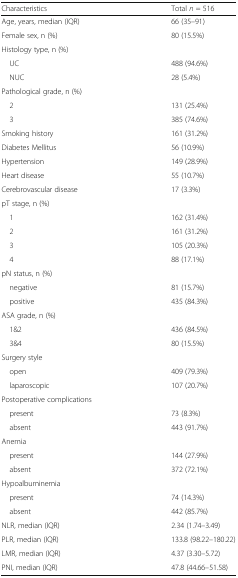
<table><thead><tr><td><b>Characteristics</b></td><td><b>Total <i>n</i> = 516</b></td></tr></thead><tbody><tr><td>Age, years, median (IQR)</td><td>66 (35–91)</td></tr><tr><td>Female sex, n (%)</td><td>80 (15.5%)</td></tr><tr><td>Histology type, n (%)</td><td></td></tr><tr><td> UC</td><td>488 (94.6%)</td></tr><tr><td> NUC</td><td>28 (5.4%)</td></tr><tr><td>Pathological grade, n (%)</td><td></td></tr><tr><td> 2</td><td>131 (25.4%)</td></tr><tr><td> 3</td><td>385 (74.6%)</td></tr><tr><td>Smoking history</td><td>161 (31.2%)</td></tr><tr><td>Diabetes Mellitus</td><td>56 (10.9%)</td></tr><tr><td>Hypertension</td><td>149 (28.9%)</td></tr><tr><td>Heart disease</td><td>55 (10.7%)</td></tr><tr><td>Cerebrovascular disease</td><td>17 (3.3%)</td></tr><tr><td>pT stage, n (%)</td><td></td></tr><tr><td> 1</td><td>162 (31.4%)</td></tr><tr><td> 2</td><td>161 (31.2%)</td></tr><tr><td> 3</td><td>105 (20.3%)</td></tr><tr><td> 4</td><td>88 (17.1%)</td></tr><tr><td>pN status, n (%)</td><td></td></tr><tr><td> negative</td><td>81 (15.7%)</td></tr><tr><td> positive</td><td>435 (84.3%)</td></tr><tr><td>ASA grade, n (%)</td><td></td></tr><tr><td> 1&amp;2</td><td>436 (84.5%)</td></tr><tr><td> 3&amp;4</td><td>80 (15.5%)</td></tr><tr><td>Surgery style</td><td></td></tr><tr><td> open</td><td>409 (79.3%)</td></tr><tr><td> laparoscopic</td><td>107 (20.7%)</td></tr><tr><td>Postoperative complications</td><td></td></tr><tr><td> present</td><td>73 (8.3%)</td></tr><tr><td> absent</td><td>443 (91.7%)</td></tr><tr><td>Anemia</td><td></td></tr><tr><td> present</td><td>144 (27.9%)</td></tr><tr><td> absent</td><td>372 (72.1%)</td></tr><tr><td>Hypoalbuminemia</td><td></td></tr><tr><td> present</td><td>74 (14.3%)</td></tr><tr><td> absent</td><td>442 (85.7%)</td></tr><tr><td>NLR, median (IQR)</td><td>2.34 (1.74–3.49)</td></tr><tr><td>PLR, median (IQR)</td><td>133.8 (98.22–180.22)</td></tr><tr><td>LMR, median (IQR)</td><td>4.37 (3.30–5.72)</td></tr><tr><td>PNI, median (IQR)</td><td>47.8 (44.66–51.58)</td></tr></tbody></table>